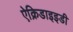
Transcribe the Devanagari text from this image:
ऐक्रिडाइइडी